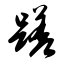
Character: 蹉